Vaccination United Provinces of Agra and Oudh 1902-1913 - 1902-1913
Year: 1902
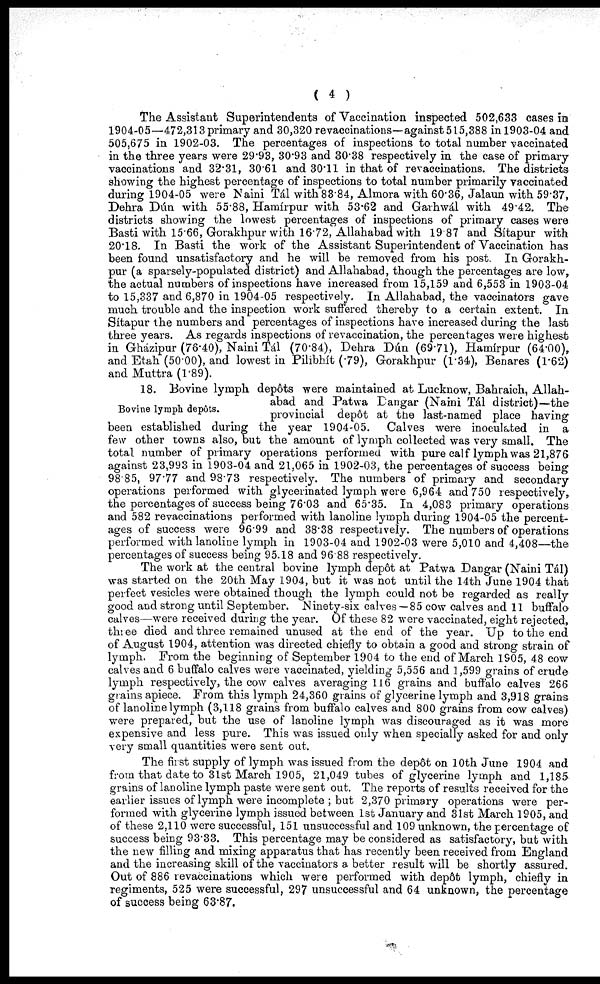
( 4 )
The Assistant Superintendents of Vaccination inspected 502,633 cases in
1904-05—472,313 primary and 30,320 revaccinations—against 515,388 in 1903-04 and
505,675 in 1902-03. The percentages of inspections to total number vaccinated
in the three years were 29.93, 30.93 and 30.38 respectively in the case of primary
vaccinations and 32.31, 30.61 and 30.11 in that of revaccinations. The districts
showing the highest percentage of inspections to total number primarily vaccinated
during 1904-05 were Naini Tál with 83.84, Almora with 60.36, Jalaun with 59.37,
Dehra Dún with 55.88, Hamírpur with 53.62 and Garhwál with 49.42. The
districts showing the lowest percentages of inspections of primary cases were
Basti with 15.66, Gorakhpur with 16.72, Allahabad with 19.87 and Sítapur with
20.18. In Basti the work of the Assistant Superintendent of Vaccination has
been found unsatisfactory and he will be removed from his post. In Gorakh¬
pur (a sparsely-populated district) and Allahabad, though the percentages are low,
the actual numbers of inspections have increased from 15,159 and 6,553 in 1903-04
to 15,337 and 6,870 in 1904-05 respectively. In Allahabad, the vaccinators gave
much trouble and the inspection work suffered thereby to a certain extent. In
Sítapur the numbers and percentages of inspections have increased during the last
three years. As regards inspections of revaccination, the percentages were highest
in Ghazipur (76.40), Naini Tál (70.84), Dehra Dún (69.71), Hamírpur (64.00),
and Etah (50.00), and lowest in Pilibhít (.79), Gorakhpur (1.34), Benares (1.62)
and Muttra (1.89).
Bovine lymph depôts.
18. Bovine lymph depôts were maintained at Lucknow, Bahraich, Allah-
abad and Patwa Dangar (Naini Tál district)—the
provincial depôt at the last-named place having
been established during the year 1904-05. Calves were inoculated in a
few other towns also, but the amount of lymph collected was very small. The
total number of primary operations performed with pure calf lymph was 21,876
against 23,993 in 1903-04 and 21,065 in 1902-03, the percentages of success being
98.85, 97.77 and 98.73 respectively. The numbers of primary and secondary
operations performed with glycerinated lymph were 6,964 and 750 respectively,
the percentages of success being 76.03 and 65.35. In 4,083 primary operations
and 582 revaccinations performed with lanoline lymph during 1904-05 the percent-
ages of success were 96.99 and 38.38 respectively. The numbers of operations
performed with lanoline lymph in 1903-04 and 1902-03 were 5,010 and 4,408—the
percentages of success being 95.18 and 96.88 respectively.
The work at the central bovine lymph depôt at Patwa Dangar (Naini Tál)
was started on the 20th May 1904, but it was not until the 14th June 1904 that
perfect vesicles were obtained though the lymph could not be regarded as really
good and strong until September. Ninety-six calves— 85 cow calves and 11 buffalo
calves—were received during the year. Of these 82 were vaccinated, eight rejected,
three died and three remained unused at the end of the year. Up to the end
of August 1904, attention was directed chiefly to obtain a good and strong strain of
lymph. From the beginning of September 1904 to the end of March 1905, 48 cow
calves and 6 buffalo calves were vaccinated, yielding 5,556 and 1,599 grains of crude
lymph respectively, the cow calves averaging 116 grains and buffalo calves 266
grains apiece. From this lymph 24,360 grains of glycerine lymph and 3,918 grains
of lanoline lymph (3,118 grains from buffalo calves and 800 grains from cow calves)
were prepared, but the use of lanoline lymph was discouraged as it was more
expensive and less pure. This was issued only when specially asked for and only
very small quantities were sent out.
The first supply of lymph was issued from the depôt on 10th June 1904 and
from that date to 31st March 1905, 21,049 tubes of glycerine lymph and 1,185
grains of lanoline lymph paste were sent out. The reports of results received for the
earlier issues of lymph were incomplete; but 2,370 primary operations were per-
formed with glycerine lymph issued between 1st January and 31st March 1905, and
of these 2,110 were successful, 151 unsuccessful and 109 unknown, the percentage of
success being 93.33. This percentage may be considered as satisfactory, but with
the new filling and mixing apparatus that has recently been received from England
and the increasing skill of the vaccinators a better result will be shortly assured.
Out of 886 revaccinations which were performed with depôt lymph, chiefly in
regiments, 525 were successful, 297 unsuccessful and 64 unknown, the percentage
of success being 63.87.